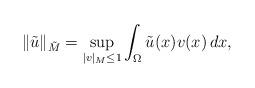
LaTeX: \begin{align*}\|\tilde{u}\|_{\tilde{M}}= \sup_{|v|_{M}\leq 1}\int_\Omega \tilde{u}(x)v(x)\, dx,\end{align*}